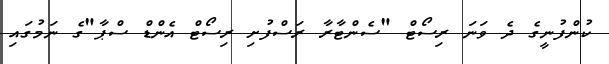
ކުންފުނީގެ ދެ ވަނަ ރިސޯޓް "ސެންޓާރާ ރަސްފުށި ރިސޯޓް އެންޑް ސްޕާ"ގެ ނަމުގައި